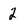
Character: 2